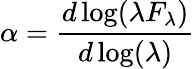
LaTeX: \alpha={\frac{d\log(\lambda F_{\lambda})}{d\log(\lambda)}}